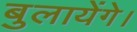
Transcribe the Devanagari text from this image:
बुलायेंगे।